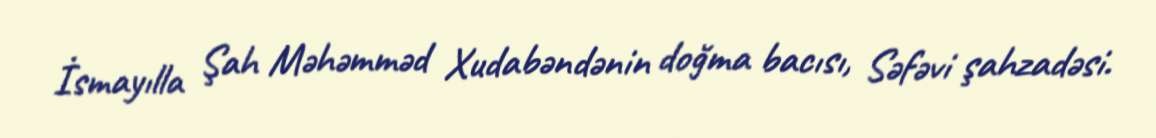
İsmayılla Şah Məhəmməd Xudabəndənin doğma bacısı, Səfəvi şahzadəsi.